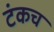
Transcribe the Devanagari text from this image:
टंकच